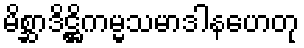
မိစ္ဆာဒိဋ္ဌိကမ္မသမာဒါနဟေတု